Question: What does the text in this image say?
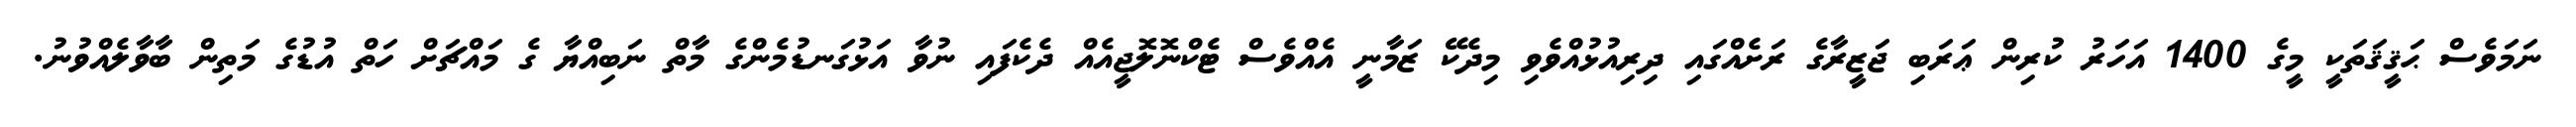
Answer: ނަމަވެސް ޙަޤީޤަތަކީ މީގެ 1400 އަހަރު ކުރިން ޢަރަބި ޖަޒީރާގެ ރަށެއްގައި ދިރިއުޅުއްވެވި މިދެކޭ ޒަމާނީ އެއްވެސް ޓެކްނޮލޮޖީއެއް ދެކެފައި ނުވާ އަޅުގަނޑުމެންގެ މާތް ނަބިއްޔާ ގެ މައްޗަށް ހަތް އުޑުގެ މަތިން ބާވާލެއްވުނު.